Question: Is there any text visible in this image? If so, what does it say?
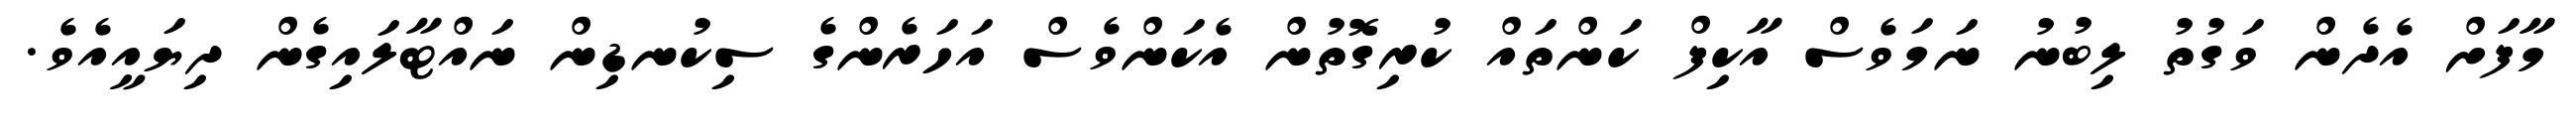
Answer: މާފަށް އެދެން ވަގުތު ލިބުނު ނަމަވެސް އާކިފް ކަންތައް ކުރިގޮތުން އެކަންވެސް އަހަރެންގެ ސިކުނޑިން ނައްޓާލައިގެން ދިޔައީއެވެ.